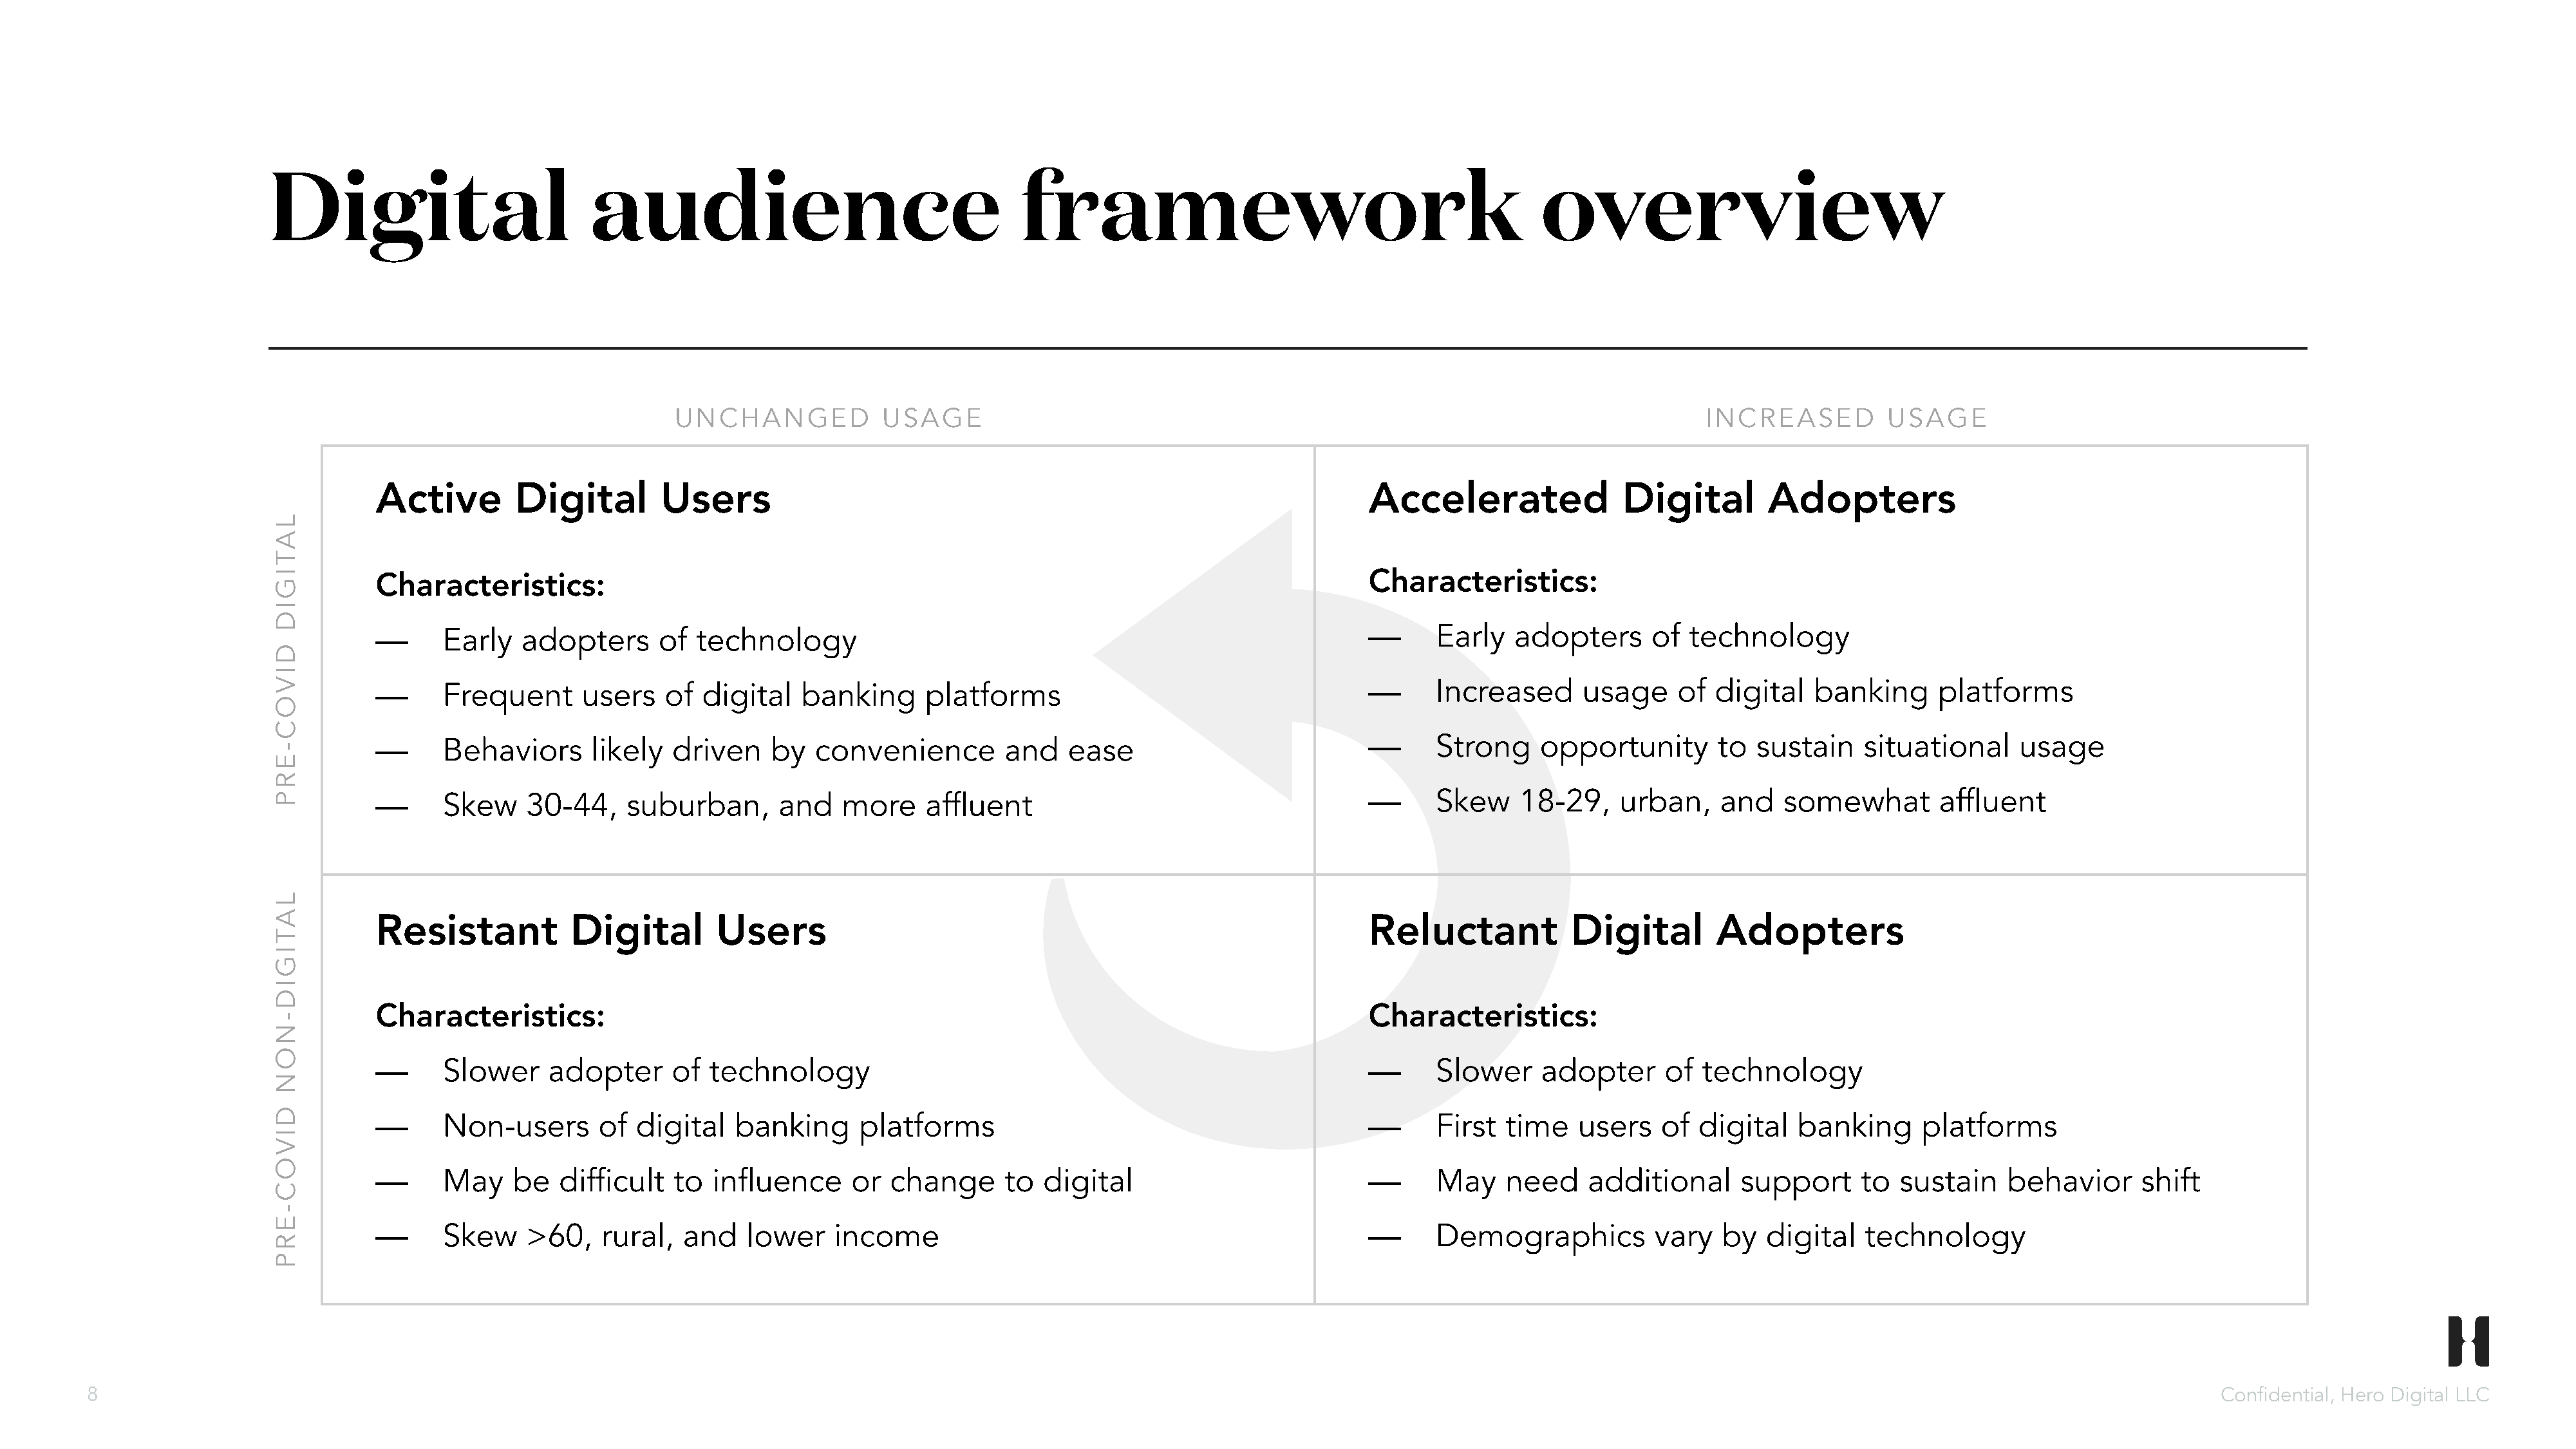
Digital                          audience                                    framework                                            overview
 UNCHANGED             USAGE                                                                               INCREASED          USAGE
 Active        Digital        Users                                                                    Accelerated               Digital        Adopters
 Characteristics:                                                                                      Characteristics:
 ––     Early   adopters      of  technology                                                           ––     Early   adopters      of  technology
 ––     Frequent      users   of  digital   banking      platforms                                     ––     Increased      usage    of  digital   banking      platforms
 ––     Behaviors      likely  driven    by   convenience        and    ease                           ––     Strong    opportunity        to  sustain    situational     usage
 ––     Skew    30-44,    suburban,       and    more    affluent                                      ––     Skew    18-29,    urban,     and   somewhat        affluent
 Resistant           Digital        Users                                                              Reluctant           Digital        Adopters
 Characteristics:                                                                                      Characteristics:
 ––     Slower    adopter      of  technology                                                          ––     Slower    adopter      of  technology
 ––     Non-users       of digital    banking     platforms                                            ––     First  time   users    of  digital   banking      platforms
 ––     May    be  difficult   to  influence      or change      to  digital                           ––     May    need    additional      support     to  sustain    behavior      shift
 ––     Skew    >60,    rural,  and    lower    income                                                 ––     Demographics          vary   by   digital   technology
 8                                                                                                                                                                                                                          Confidential, Hero Digital LLC
 LATIGID
 DIVOC-ERP
 LATIGID-NON
 DIVOC-ERP